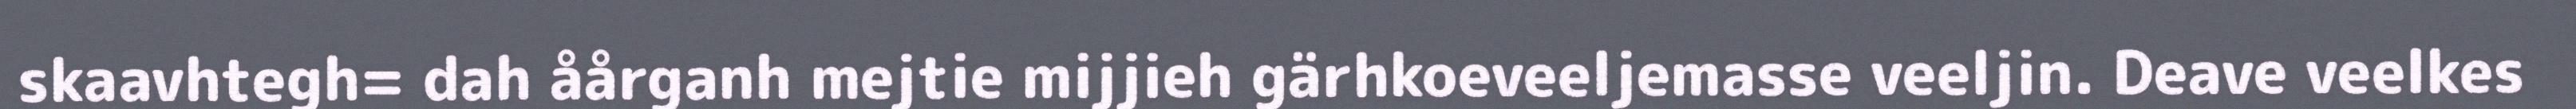
skaavhtegh= dah åårganh mejtie mijjieh gärhkoeveeljemasse veeljin. Deave veelkes